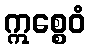
ဣစ္စေဝံ